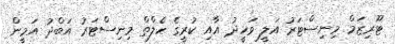
ޓޫރިޒަމް މިނިސްޓަރު އަލީ ވަހީދު އާއި ކުރީގެ ހެލްތް މިނިސްޓަރު އަބްދު އަމީން